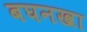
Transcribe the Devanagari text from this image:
बघनखा